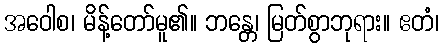
အဝေါစ၊ မိန့်တော်မူ၏။ ဘန္တေ၊ မြတ်စွာဘုရား။ ဧတံ၊